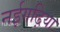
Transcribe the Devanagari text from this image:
नईगढ़िया